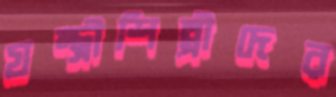
যন্ত্রীশিল্পীদের